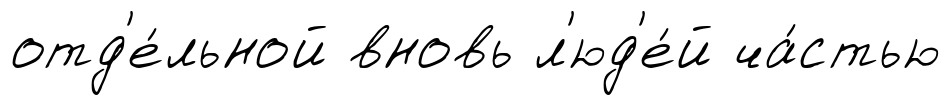
отд'е́льной вновь л'юд'е́й ча́стью